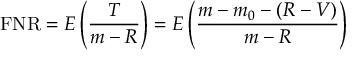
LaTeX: \mathrm { F N R } = E \left( { \frac { T } { m - R } } \right) = E \left( { \frac { m - m _ { 0 } - ( R - V ) } { m - R } } \right)